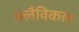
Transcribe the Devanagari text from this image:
क्लैविकल